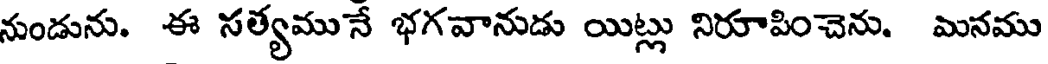
నుండును. ఈ సత్యమునే భగవానుడు యిట్లు నిరూపించెను. మనము